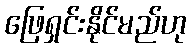
ဖြေရှင်းနိုင်မည်ဟု